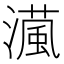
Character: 𤀘